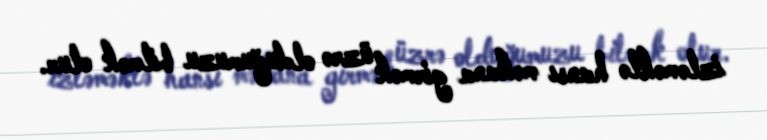
izləməklə hansı məkana girmək üzrə olduğumuzu bilmək olur.